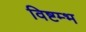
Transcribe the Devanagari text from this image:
विष्टम्भ